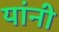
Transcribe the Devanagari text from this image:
यांनी